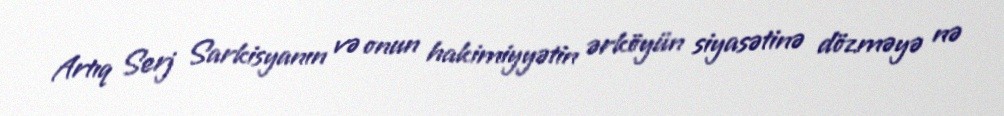
Artıq Serj Sarkisyanın və onun hakimiyyətin ərköyün siyasətinə dözməyə nə